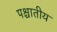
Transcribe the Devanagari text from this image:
पश्चातीय